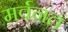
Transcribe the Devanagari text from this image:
मर्वनत